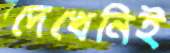
দেখেনিই